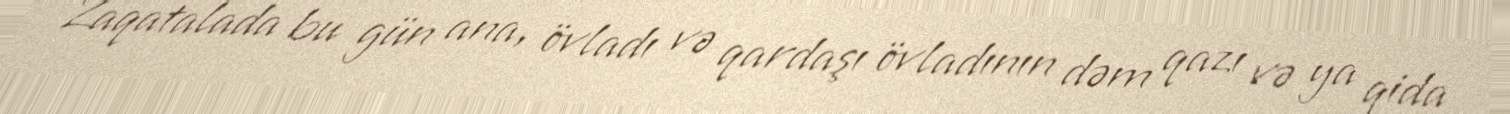
Zaqatalada bu gün ana, övladı və qardaşı övladının dəm qazı və ya qida